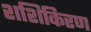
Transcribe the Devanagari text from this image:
शशिकिरण